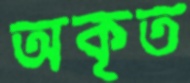
অকৃত